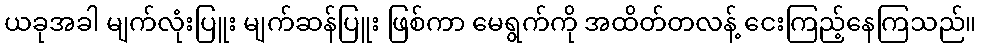
ယခုအခါ မျက်လုံးပြူး မျက်ဆန်ပြူး ဖြစ်ကာ မေရွက်ကို အထိတ်တလန့် ငေးကြည့်နေကြသည်။